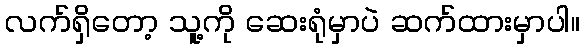
လက်ရှိတော့ သူ့ကို ဆေးရုံမှာပဲ ဆက်ထားမှာပါ။